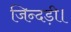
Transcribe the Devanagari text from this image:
जिन्दड़ी।